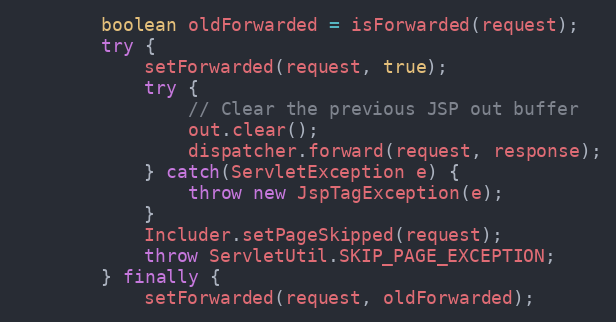
Language: Java
		boolean oldForwarded = isForwarded(request);
		try {
			setForwarded(request, true);
			try {
				// Clear the previous JSP out buffer
				out.clear();
				dispatcher.forward(request, response);
			} catch(ServletException e) {
				throw new JspTagException(e);
			}
			Includer.setPageSkipped(request);
			throw ServletUtil.SKIP_PAGE_EXCEPTION;
		} finally {
			setForwarded(request, oldForwarded);